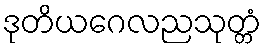
ဒုတိယဂေလညသုတ္တံ